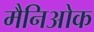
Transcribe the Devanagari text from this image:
मैनिओक